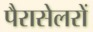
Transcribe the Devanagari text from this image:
पैरासेलरों